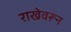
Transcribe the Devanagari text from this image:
राखेवरून